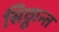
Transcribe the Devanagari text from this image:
सिठ्ठान्त